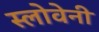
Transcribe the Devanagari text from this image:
स्लोवेनी